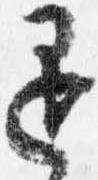
退